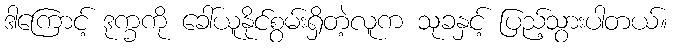
ဒါကြောင့် ဒုက္ခကို ခေါ်ယူနိုင်စွမ်းရှိတဲ့လူက သုခနှင့် ပြည့်သွားပါတယ်။